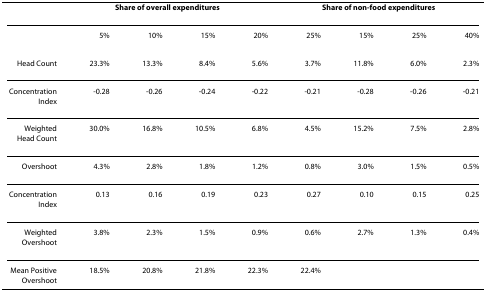
|  | <COLSPAN=4> Share of overall expenditures | <COLSPAN=4> Share of non-food expenditures |
 | --- | --- | --- | --- | --- | --- | --- | --- | --- |
 |  | 5% | 10% | 15% | 20% | 25% | 15% | 25% | 40% |
 | Head Count | 23.3% | 13.3% | 8.4% | 5.6% | 3.7% | 11.8% | 6.0% | 2.3% |
 | Concentration Index | -0.28 | -0.26 | -0.24 | -0.22 | -0.21 | -0.28 | -0.26 | -0.21 |
 | Weighted Head Count | 30.0% | 16.8% | 10.5% | 6.8% | 4.5% | 15.2% | 7.5% | 2.8% |
 | Overshoot | 4.3% | 2.8% | 1.8% | 1.2% | 0.8% | 3.0% | 1.5% | 0.5% |
 | Concentration Index | 0.13 | 0.16 | 0.19 | 0.23 | 0.27 | 0.10 | 0.15 | 0.25 |
 | Weighted Overshoot | 3.8% | 2.3% | 1.5% | 0.9% | 0.6% | 2.7% | 1.3% | 0.4% |
 | Mean Positive Overshoot | 18.5% | 20.8% | 21.8% | 22.3% | 22.4% |  |  |  |